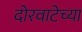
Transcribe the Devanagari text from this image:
दोरवाटेच्या